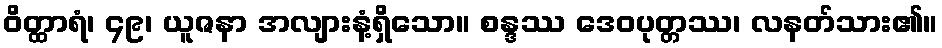
ဝိတ္ထာရံ၊ ၄၉၊ ယူဇနာ အလျားနံ့ရှိသော။ စန္ဒဿ ဒေဝပုတ္တဿ၊ လနတ်သား၏။